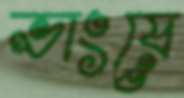
ভাংয়ে